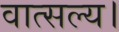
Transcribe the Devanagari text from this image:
वात्सल्य।